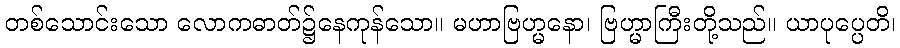
တစ်သောင်းသော လောကဓာတ်၌နေကုန်သော။ မဟာဗြဟ္မနော၊ ဗြဟ္မာကြီးတို့သည်။ ယာပုပ္ပေတိ၊